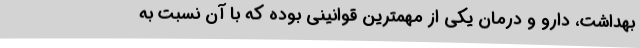
بهداشت، دارو و درمان یکی از مهمترین قوانینی بوده که با آن نسبت به